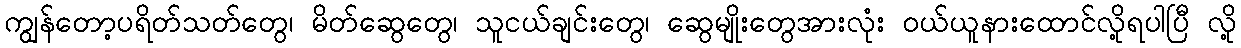
ကျွန်တော့ပရိတ်သတ်တွေ၊ မိတ်ဆွေတွေ၊ သူငယ်ချင်းတွေ၊ ဆွေမျိုးတွေအားလုံး ဝယ်ယူနားထောင်လို့ရပါပြီ လို့